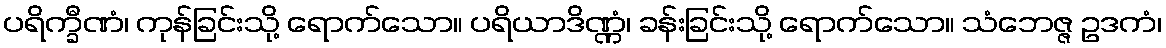
ပရိက္ခီဏံ၊ ကုန်ခြင်းသို့ ရောက်သော။ ပရိယာဒိဏ္ဏံ၊ ခန်းခြင်းသို့ ရောက်သော။ သံဘေဇ္ဇ ဥဒကံ၊